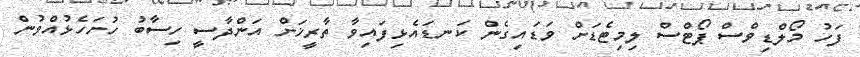
ފަހު މޯލްޑިވްސް ޕޯޓްސް ލިމިޓެޑަށް ވަޑައިގެން ކަނޑައެޅިފައިވާ ތާރީޚަށް އަންދާސީ ހިސާބު ހުށަހެޅުއްވުން